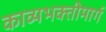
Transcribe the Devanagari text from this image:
काव्यभक्तीमार्ग